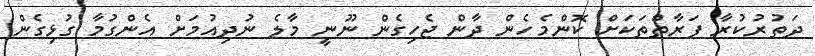
ދަތުރުކުރާ ފަރާތްތަކަށް ކޮންމެހެން ދާން ޖެހިގެން ނޫނީ މާލެ ނުދިއުމަށް އެންގުމާ ގުޅިގެން